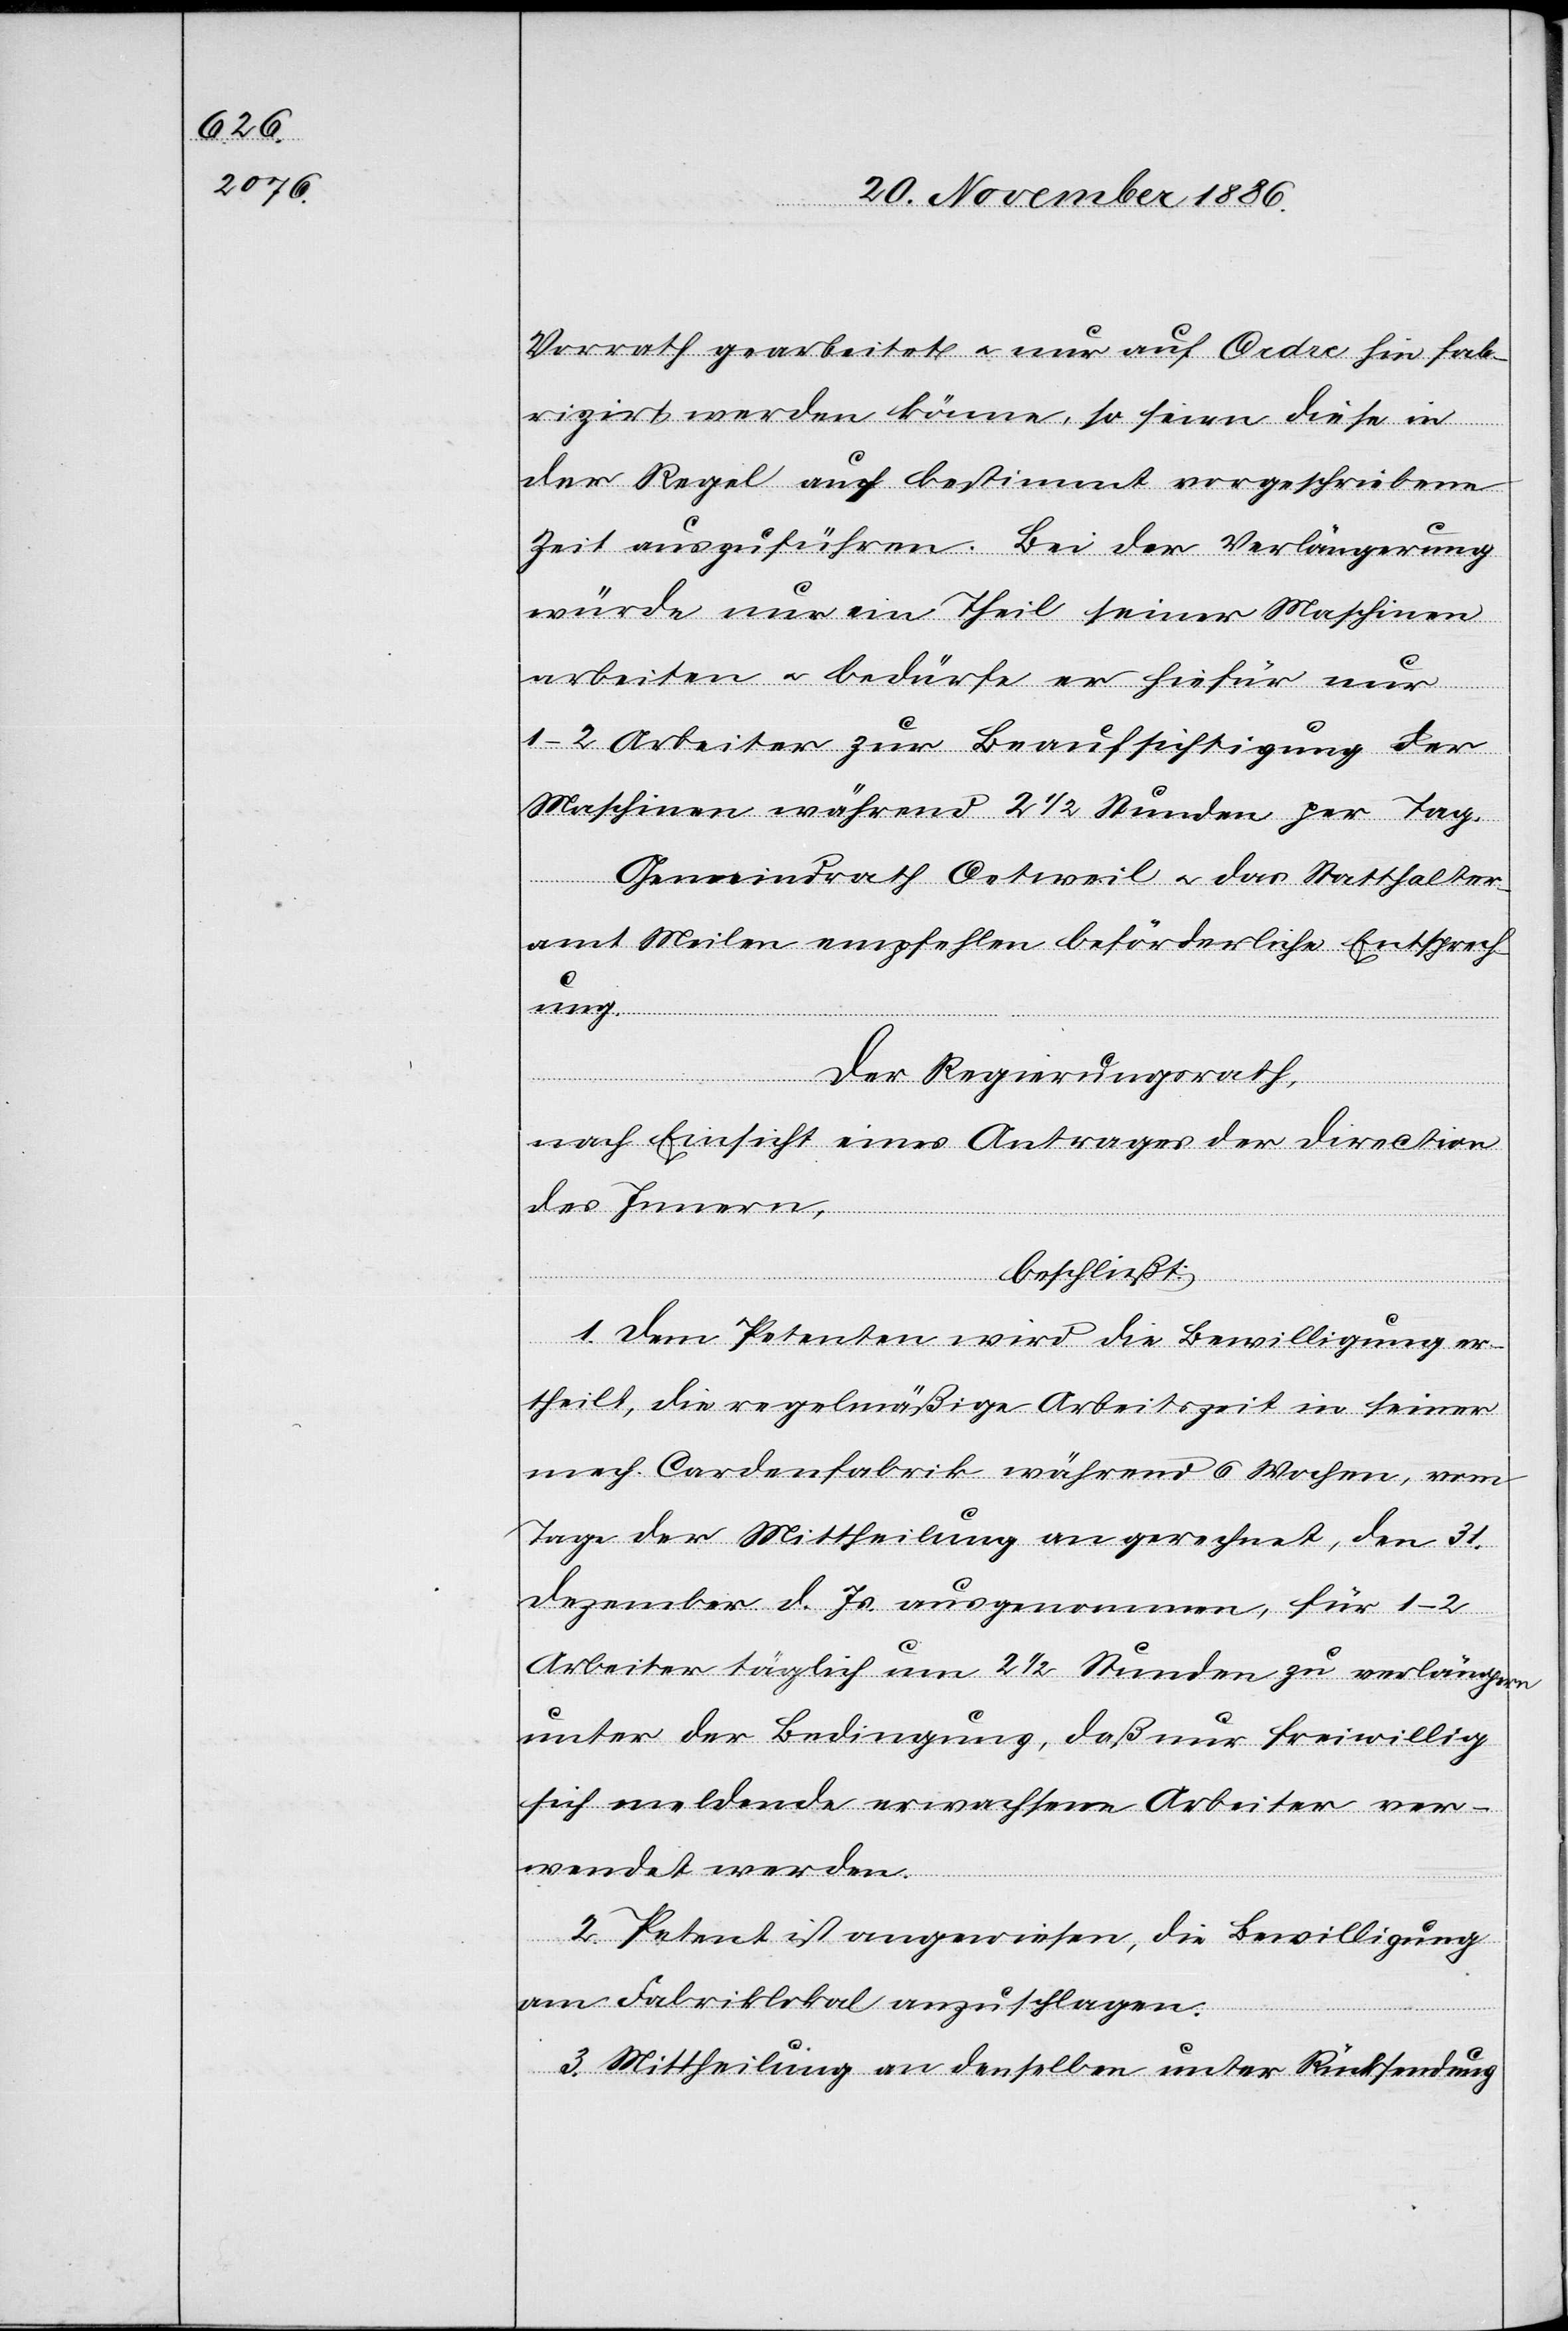
Vorrath gearbeitet & nur auf Ordre hin fab¬
rizirt werden könne, so seien diese in
der Regel auf bestimmt vorgeschriebene
Zeit auszuführen. Bei der Verlängerung
würde nur ein Theil seiner Maschinen
arbeiten & bedürfe er hiefür nur
1–2 Arbeiter zur Beaufsichtigung der
Maschinen während 2 1/2 Stunden per Tag.
Gemeindrath Oetweil & das Statthalter¬
amt Meilen empfehlen beförderliche Entsprech¬
ung.
Der Regierungsrath,
nach Einsicht eines Antrages der Direction
des Innern,
beschließt:
1. Dem Petenten wird die Bewilligung er¬
theilt, die regelmäßige Arbeitszeit in seiner
mech. Cardenfabrik während 6 Wochen, vom
Tage der Mittheilung an gerechnet, den 31.
Dezember d. Js. ausgenommen, für 1–2
Arbeiter täglich um 2 1/2 Stunden zu verlängern
unter der Bedingung, daß nur freiwillig
sich meldende erwachsene Arbeiter ver¬
wendet werden.
2. Petent ist angewiesen, die Bewilligung
am Fabriklokal anzuschlagen.
3. Mittheilung an denselben unter Rücksendung